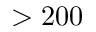
> 2 0 0